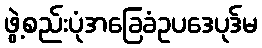
ဖွဲ့စည်းပုံအခြေခံဥပဒေပုဒ်မ